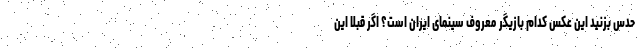
حدس بزنید این عکس کدام بازیگر معروف سینمای ایران است؟ اگر قبلاً این